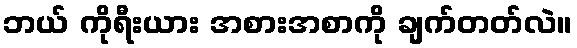
ဘယ် ကိုရီးယား အစားအစာကို ချက်တတ်လဲ။